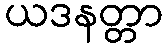
ယဒနတ္တာ